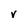
Character: V